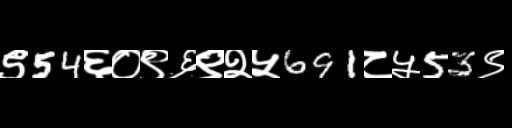
Text: ९54६०९६९२५691८५53९